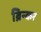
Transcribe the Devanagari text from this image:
ब्रिन्कर